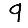
Digit: 9